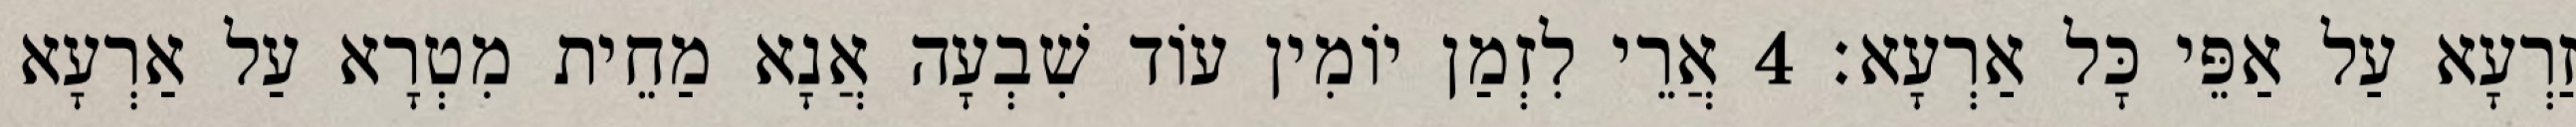
זַרְעָא עַל אַפֵּי כָּל אַרְעָא׃ 4 אֲרֵי לִזְמַן יוֹמִין עוֹד שִׁבְעָה אֲנָא מַחֵית מִטְרָא עַל אַרְעָא